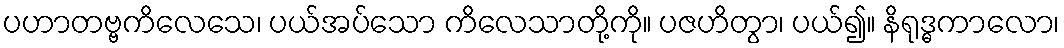
ပဟာတဗ္ဗကိလေသေ၊ ပယ်အပ်သော ကိလေသာတို့ကို။ ပဇဟိတွာ၊ ပယ်၍။ နိရုဒ္ဓကာလော၊